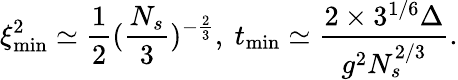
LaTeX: \xi_{\mathrm{min}}^{2}\simeq\frac{1}{2}(\frac{N_{s}}{3})^{-\frac{2}{3}},\mathrm{~}t_{\mathrm{min}}\simeq\frac{2\times 3^{1/6}\Delta}{g^{2}N_{s}^{2/3}}.